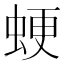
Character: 𧋑